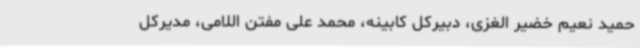
حمید نعیم خضیر الغزی، دبیرکل کابینه، محمد علی مفتن اللامی، مدیرکل